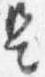
是